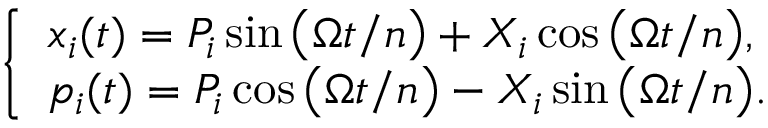
\begin{array} { r } { \left\{ \begin{array} { l } { x _ { i } ( t ) = P _ { i } \sin \big ( \Omega t / n \big ) + X _ { i } \cos \big ( \Omega t / n \big ) , } \\ { p _ { i } ( t ) = P _ { i } \cos \big ( \Omega t / n \big ) - X _ { i } \sin \big ( \Omega t / n \big ) . } \end{array} \right. } \end{array}